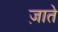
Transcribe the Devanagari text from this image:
ज़ाते